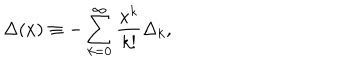
\Delta ( x ) \equiv - \sum _ { k = 0 } ^ { \infty } { \frac { x ^ { k } } { k ! } } \Delta _ { k } ,